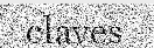
claves